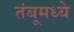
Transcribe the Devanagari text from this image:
तंबूमध्ये